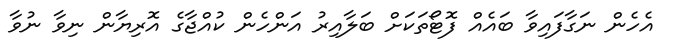
އެހެން ނަގާފައިވާ ބައެއް ފޮޓޯތަކަށް ބަލާއިރު އަންހެން ކުއްޖާގެ އޮރިޔާން ނިވާ ނުވާ